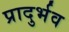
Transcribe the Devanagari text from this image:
प्रादुर्भव